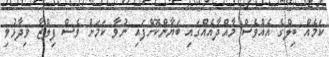
ކަމެއް ބިލްގެ އެއްވެސް މާއްދާއެއްގައި ބަޔާންކޮށްފައި ނުވާ ކަމަށް ވެސް ފިލްޒާ ވިދާޅުވި